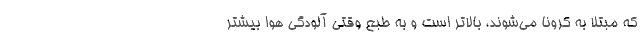
که مبتلا به کرونا می‌شوند، بالاتر است و به طبع وقتی آلودگی هوا بیشتر